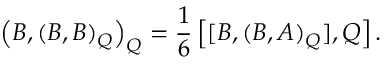
\left( B , ( B , B ) _ { Q } \right) _ { Q } = \frac { 1 } { 6 } \left[ [ B , ( B , A ) _ { Q } ] , Q \right] .